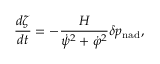
\frac { d \zeta } { d t } = - \frac { H } { \dot { \psi } ^ { 2 } + \dot { \varphi } ^ { 2 } } \delta p _ { \mathrm { n a d } } ,